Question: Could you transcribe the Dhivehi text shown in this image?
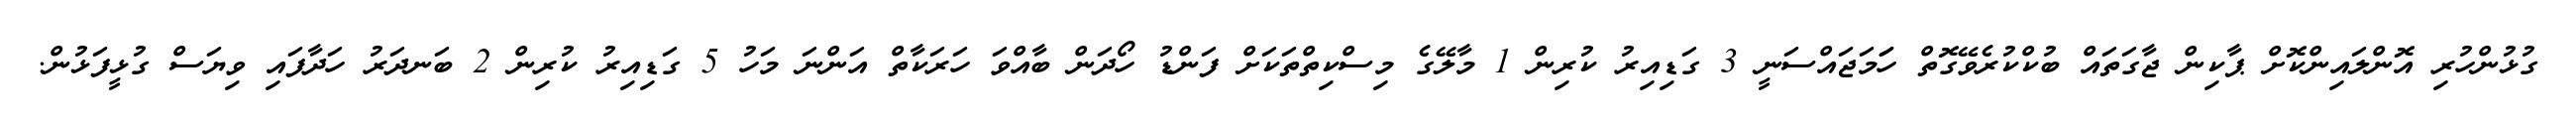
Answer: ގުޅުންހުރި އޮންލައިންކޮށް ޕާކިން ޖާގަތައް ބުކްކުރެވޭގޮތް ހަަމަޖައްސަނީ 3 ގަޑިއިރު ކުރިން 1 މާލޭގެ މިސްކިތްތަކަށް ފަންޑު ހޯދަން ބާއްވަ ހަރަކާތް އަންނަ މަހު 5 ގަޑިއިރު ކުރިން 2 ބަނދަރު ހަދާފައި ވިޔަސް ގުޅީފަޅުން.